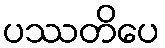
ပဿတိပေ